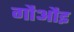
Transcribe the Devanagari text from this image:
गौऔइ